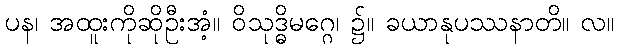
ပန၊ အထူးကိုဆိုဦးအံ့။ ဝိသုဒ္ဓိမဂ္ဂေ၊ ၌။ ခယာနုပဿနာတိ။ လ။